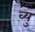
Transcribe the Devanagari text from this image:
व्यु